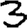
Digit: 3